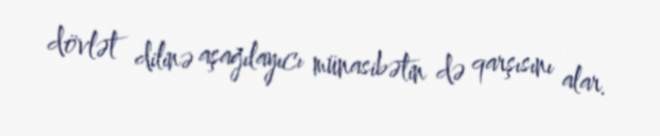
dövlət dilinə aşağılayıcı münasibətin də qarşısını alar.